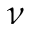
\nu